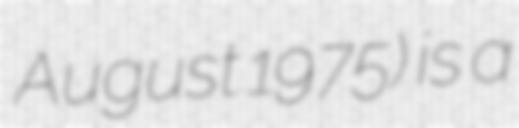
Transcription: August 1975) is a